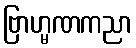
ဗြာဟ္မဏကညာ